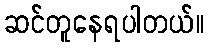
ဆင်တူနေရပါတယ်။